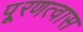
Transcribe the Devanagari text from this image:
पू्रणत्वास